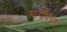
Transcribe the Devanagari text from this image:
मार्गांवरुन